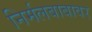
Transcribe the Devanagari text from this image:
निर्मलबाबावर